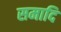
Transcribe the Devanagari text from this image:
समादि